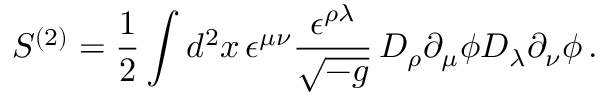
S ^ { ( 2 ) } = \frac { 1 } { 2 } \int d ^ { 2 } x \, \epsilon ^ { \mu \nu } \frac { \epsilon ^ { \rho \lambda } } { \sqrt { - g } } \, D _ { \rho } \partial _ { \mu } \phi D _ { \lambda } \partial _ { \nu } \phi \, .